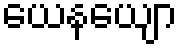
ယေနယျော